Lunatic asylums Central Provinces reports 1895-1909 - 1895-1909
Year: 1895
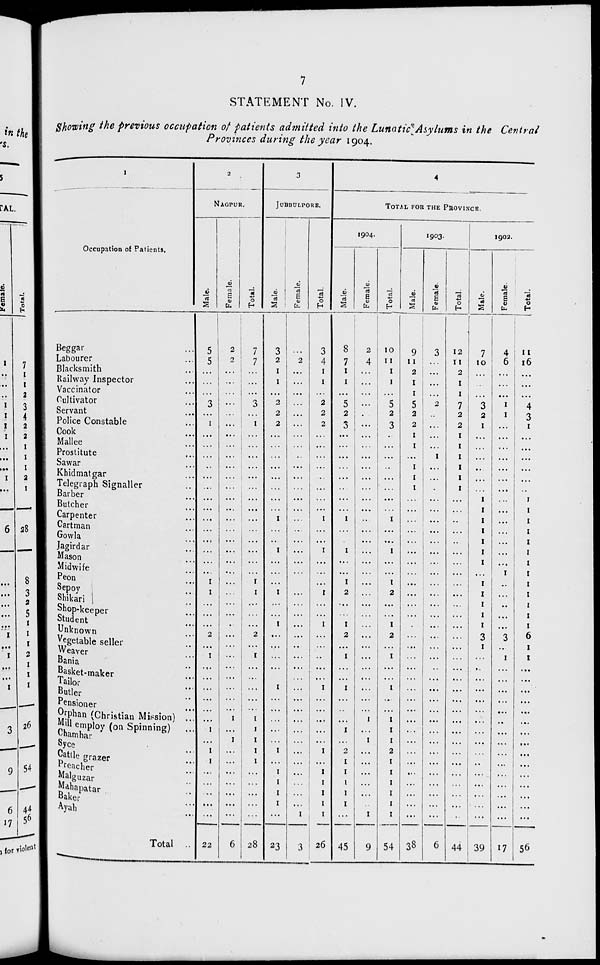
7
STATEMENT No. IV.
Showing the previous occupation of patients admitted into the Lunatic Asylums in the Central
Provinces during the year 1904.
1
Occupation of Patients.
Beggar ...
Labourer ...
Blacksmith ...
Railway Inspector ...
Vaccinator ...
Cultivator ...
Servant ...
Police Constable ...
Cook ...
Mallee ...
Prostitute...
Sawar ...
Khidmatgar ...
Telegraph Signaller...
Barber...
Butcher...
Carpenter...
Cartman ...
Gowla ...
Jagirdar ...
Mason...
Midwife...
Peon
...
Sepoy ...
Shikari...
Shop-keeper...
Student
...
Unknown ...
Vegetable seller ...
Weaver ...
Bania ...
Basket-maker ...
Tailor ...
Butler ...
Pensioner Butler ...
Orphan (Christian Mission) ...
Mill employ (on Spinning)
...
Chamhar ...
Syce ...
Cattle grazer ...
Preacher ...
Malguzar ...
Mahapatar ...
Baker ...
Ayah ...
Total ...
2
NAGPUR.
Male.
5
5
...
...
...
3
...
1
...
...
...
...
...
...
...
...
...
...
...
...
...
...
1
1
...
...
...
2
...
1
...
...
...
...
...
...
1
...
1
1
...
...
...
...
...
22
Female.
2
2
...
...
...
...
...
...
...
...
...
...
...
...
...
...
...
...
...
...
...
...
...
...
...
...
...
...
...
...
...
...
...
...
...
1
...
1
...
...
...
...
...
...
...
6
Total.
7
7
...
...
...
3
...
1
...
...
...
...
...
...
...
...
...
...
...
...
...
...
1
1
...
...
...
2
...
1
...
...
...
...
...
1
1
1
1
1
...
...
...
...
...
28
3
JUBBULPORE.
Male.
3
2
1
1
...
2
2
2
...
...
...
...
...
...
...
...
1
...
...
1
...
...
...
1
...
...
1
...
...
...
...
...
1
...
...
...
...
...
1
...
1
1
1
1
...
23
Female.
...
2
...
...
...
...
...
...
...
...
...
...
...
...
...
...
...
...
...
...
...
...
...
...
...
...
...
...
...
...
...
...
...
...
...
...
...
...
...
...
...
...
...
...
1
3
Total.
3
4
1
1
...
2
2
2
...
...
...
...
...
...
...
...
1
...
...
1
...
...
...
1
...
...
1
...
...
...
...
...
1
...
...
...
...
...
1
...
1
1
1
1
1
26
4
TOTAL FOR THE PROVINCE.
1904.
Male.
8
7
1
1
...
5
2
3
...
...
...
...
...
...
...
...
1
...
...
1
...
...
1
2
...
...
1
2
...
1
...
...
1
...
...
...
1
...
2
1
1
1
1
1
...
45
Female.
2
4
...
...
...
...
...
...
...
...
...
...
...
...
...
...
...
...
...
...
...
...
...
...
...
...
...
...
...
...
...
...
...
...
...
1
...
1
...
...
...
...
...
...
1
9
Total.
10
11
1
1
...
5
2
3
...
...
...
...
...
...
...
...
1
...
...
1
...
...
1
2
...
...
1
2
...
1
...
...
1
...
...
1
1
1
2
1
1
1
1
1
1
54
1903.
Male.
9
11
2
1
1
5
2
2
1
1
...
1
1
1
...
...
...
...
...
...
...
...
...
...
...
...
...
...
...
...
...
...
...
...
...
...
...
...
...
...
...
...
...
...
...
38
Female.
3
...
...
...
...
2
...
...
...
...
1
...
...
...
...
...
...
...
...
...
...
...
...
...
...
...
...
...
...
...
...
...
...
...
...
...
...
...
...
...
...
...
...
...
...
6
Total.
12
11
2
1
1
7
2
2
1
1
1
1
1
1
...
...
...
...
...
...
...
...
...
...
...
...
...
...
...
...
...
...
...
...
...
...
...
...
...
...
...
...
...
...
...
44
1902.
Male.
7
10
...
3
2
1
...
...
...
...
...
...
1
1
1
1
1
1
1
...
1
1
1
1
1
3
1
...
...
...
...
...
...
...
...
...
...
...
...
...
...
...
...
39
Female.
4
6
...
...
...
1
1
...
...
...
...
...
...
...
...
...
...
...
...
...
...
1
...
...
...
...
...
3
...
1
...
...
...
...
...
...
...
...
...
...
...
...
...
...
...
17
Total.
11
16
...
...
...
4
3
1
...
...
...
...
...
...
1
1
1
1
1
1
1
1
1
1
1
1
1
6
1
1
...
...
...
...
...
...
...
...
...
...
...
...
...
...
...
56